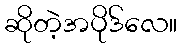
ဆိုတဲ့အပိုဒ်လေ။